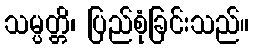
သမ္ပတ္တိ၊ ပြည်စုံခြင်းသည်။